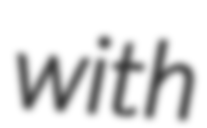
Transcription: with